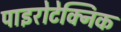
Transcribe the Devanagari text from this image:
पाइरोटेक्निक